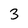
Character: 3